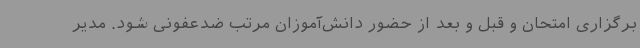
برگزاری امتحان و قبل و بعد از حضور دانش‌آموزان مرتب ضدعفونی شود. مدیر